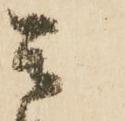
是